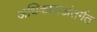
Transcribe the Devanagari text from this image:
अधिकाराअंतर्गत